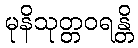
မုနိသုတ္တဝရန္တိ